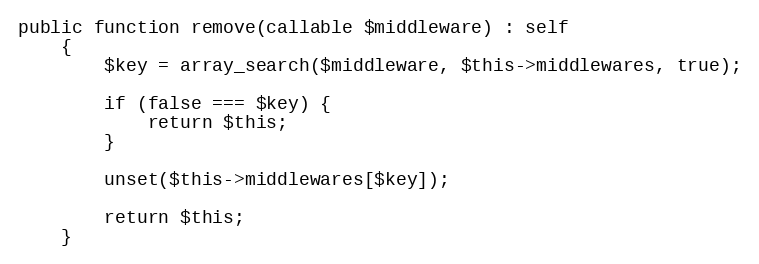
Language: PHP
public function remove(callable $middleware) : self
    {
        $key = array_search($middleware, $this->middlewares, true);

        if (false === $key) {
            return $this;
        }

        unset($this->middlewares[$key]);

        return $this;
    }